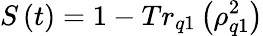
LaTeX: S\left(t\right)=1-Tr_{q1}\left(\rho_{q1}^{2}\right)